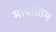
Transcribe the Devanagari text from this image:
मायोग्राम